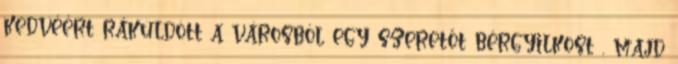
kedvéért ráküldött a városból egy szeretőt bérgyilkost , majd